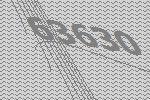
63630